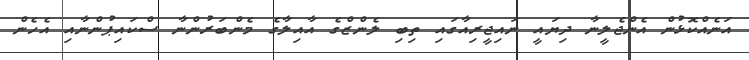
އަނެއްކޮޅުން އެންޖެލީނާ ދިޔައީ ނައިޖީރިއާގައި ތިބި ލެންޒްގެ އާއިލާގެ މެންބަރުންނާ ސްކައިޕުންނާއި އެހެން